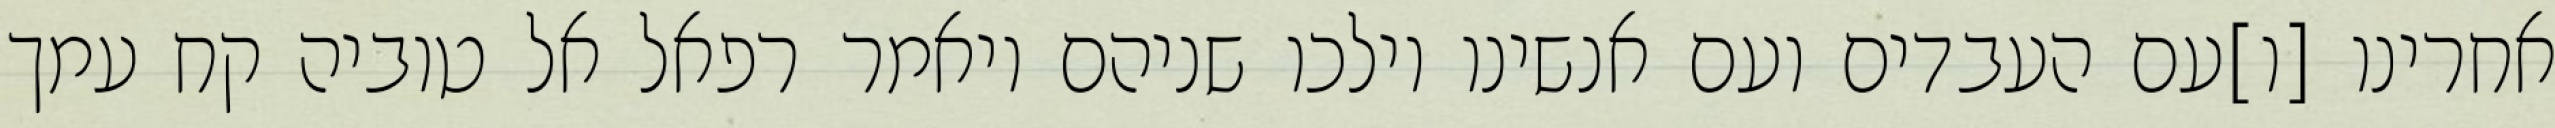
אחרינו [ו]עם העבדים ועם אנשינו וילכו שניהם ויאמר רפאל אל טוביה קח עמך